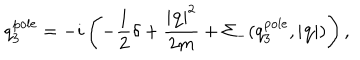
q _ { 3 } ^ { \mathrm { p o l e } } = - i \left( - \frac { 1 } { 2 } \delta + \frac { \left| { \bf q } \right| ^ { 2 } } { 2 m } + \Sigma _ { - } ( q _ { 3 } ^ { \mathrm { p o l e } } , \left| { \bf q } \right| ) \right) ,